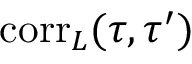
\mathrm { c o r r } _ { L } ( \tau , \tau ^ { \prime } )